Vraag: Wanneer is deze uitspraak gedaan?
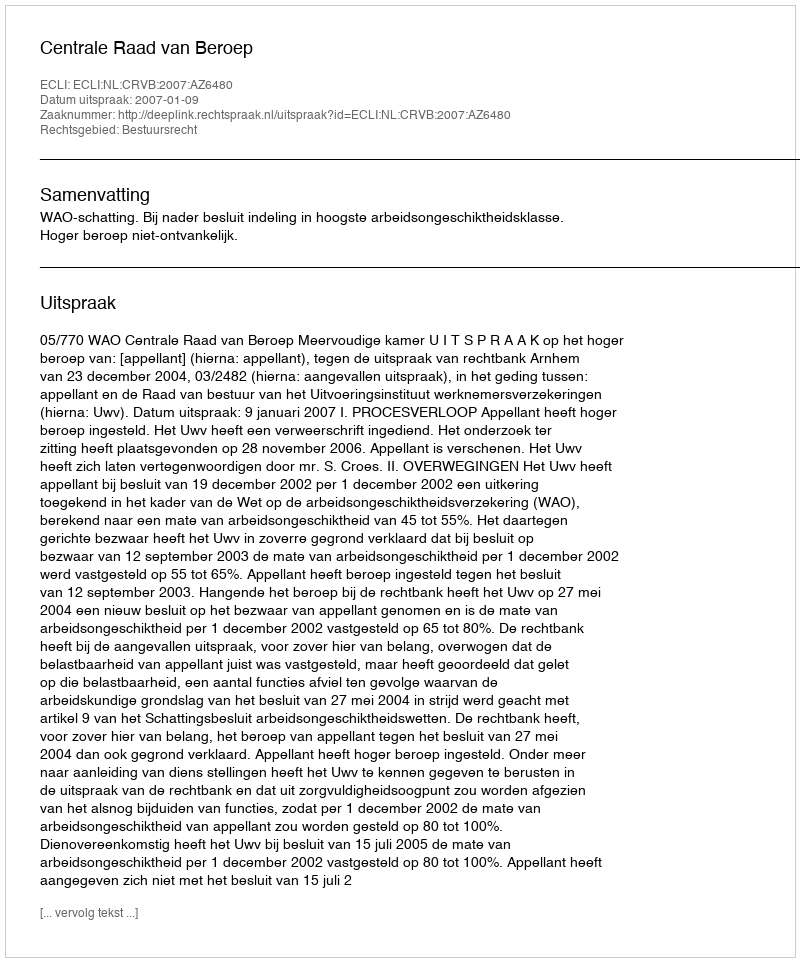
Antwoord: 2007-01-09